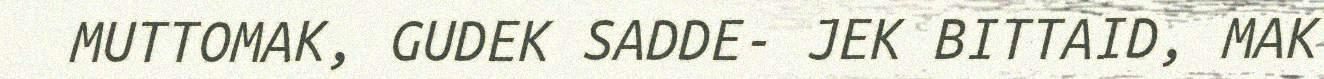
MUTTOMAK, GUDEK SADDE- JEK BITTAID, MAK